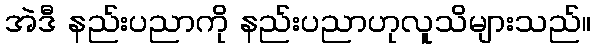
အဲဒီ နည်းပညာကို နည်းပညာဟုလူသိများသည်။